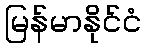
မြန်မာနိုင်ငံ